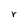
Character: r